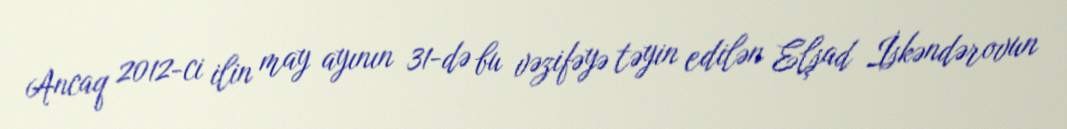
Ancaq 2012-ci ilin may ayının 31-də bu vəzifəyə təyin edilən Elşad İskəndərovun